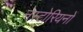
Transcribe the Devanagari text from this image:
नेस्टोरियनों